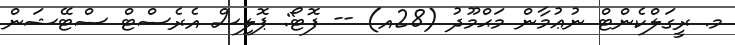
މ. ރީގަލްކެންޓް ނުޢުމާން މަޙްމޫދު (28އ) -- ފޮޓޯ: ޕޮލިސް އެރެސްޓް ސްޓޭޝަން